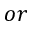
o r